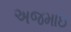
અજમાઇ